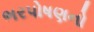
ભરપોષણનો